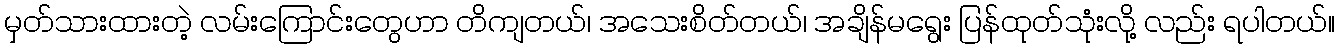
မှတ်သားထားတဲ့ လမ်းကြောင်းတွေဟာ တိကျတယ်၊ အသေးစိတ်တယ်၊ အချိန်မရွေး ပြန်ထုတ်သုံးလို့ လည်း ရပါတယ်။